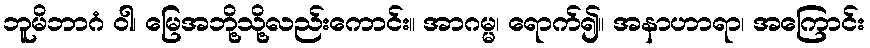
ဘူမိဘာဂံ ဝါ၊ မြေအဘို့သို့လည်းကောင်း။ အာဂမ္မ၊ ရောက်၍။ အနာဟာရာ၊ အကြောင်း